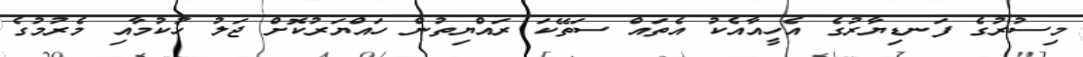
މިސުރުގެ ފަނޑިޔާރުގެ އެހީއާއެކު އެތައް ސަތޭކަ ރައްޔިތުން ހައްޔަރުކޮށް ޖަލު ހުކުމާއި މެރުމުގެ